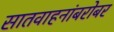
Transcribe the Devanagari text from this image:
सातवाहनांबरोबर